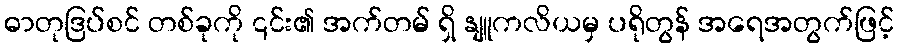
ဓာတုဒြပ်စင် တစ်ခုကို ၎င်း၏ အက်တမ် ရှိ နျူကလိယမှ ပရိုတွန် အရေအတွက်ဖြင့်